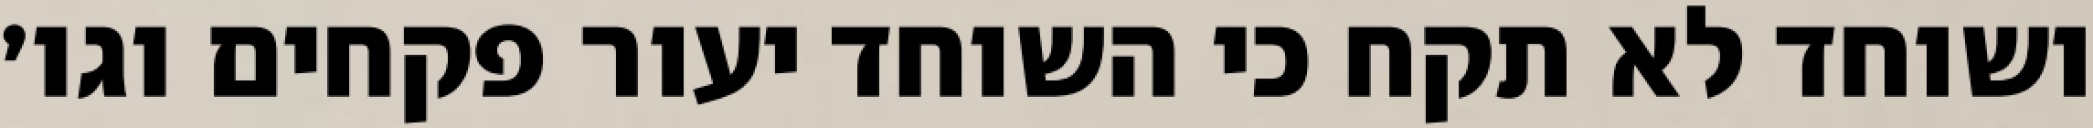
ושוחד לא תקח כי השוחד יעור פקחים וגו׳